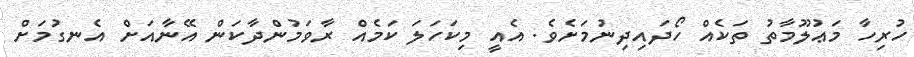
ހުރިހާ މަޢުލޫމާތު ތަކެއް ހޯދައިދިނުމަށެވެ. އެއީ މިކަހަލަ ކަމެއް ރާވަމުންދާކަން އޭނާއަށް އެނގުމަށް